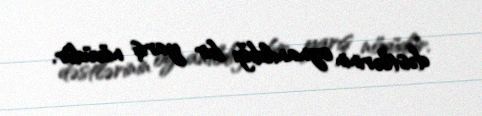
dəstlərinin oynanıldığı bir yarış növüdür.